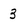
Character: 3